General report no. 6 on the lunatic asylums, vaccination and dispensaries in the Bengal Presidency, 1873 -
Year: 1873
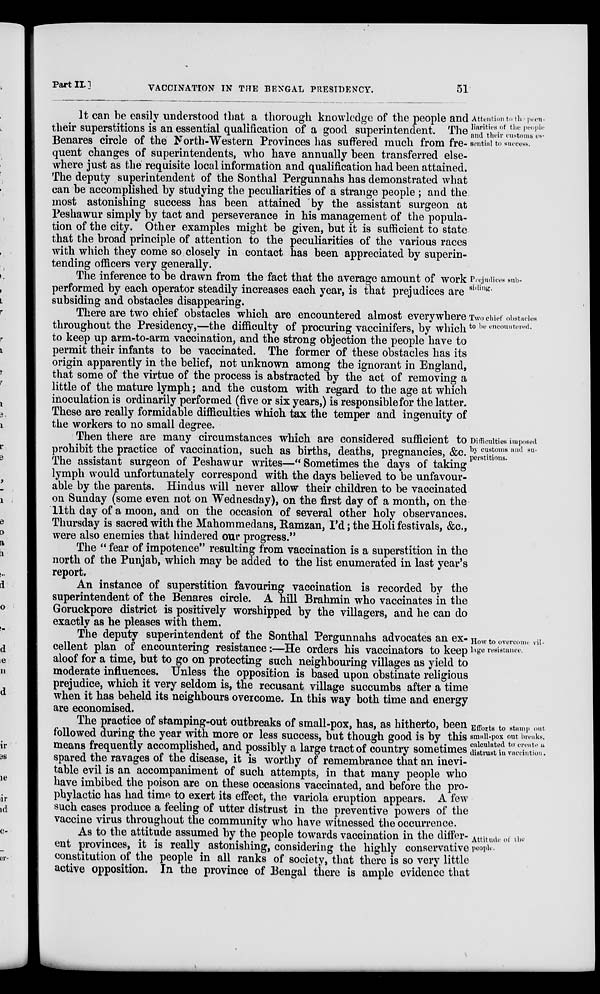
Part II.]
VACCINATION IN THE BENGAL PRESIDENCY.
51
Attention to the pecu-
liarities of the people
and their customs es-
sential to success.
It can be easily understood that a thorough knowledge of the people and
their superstitions is an essential qualification of a good superintendent. The
Benares circle of the North-Western Provinces has suffered much from fre-
quent changes of superintendents, who have annually been transferred else-
where just as the requisite local information and qualification had been attained.
The deputy superintendent of the Sonthal Pergunnahs has demonstrated what
can be accomplished by studying the peculiarities of a strange people ; and the
most astonishing success has been attained by the assistant surgeon at
Peshawur simply by tact and perseverance in his management of the popula-
tion of the city. Other examples might be given, but it is sufficient to state
that the broad principle of attention to the peculiarities of the various races
with which they come so closely in contact has been appreciated by superin-
tending officers very generally.
Prejudices sub-
siding.
The inference to be drawn from the fact that the average amount of work
performed by each operator steadily increases each year, is that prejudices are
subsiding and obstacles disappearing.
Two chief obstacles
to be encountered.
There are two chief obstacles which are encountered almost everywhere
throughout the Presidency,—the difficulty of procuring vaccinifers, by which
to keep up arm-to-arm vaccination, and the strong objection the people have to
permit their infants to be vaccinated. The former of these obstacles has its
origin apparently in the belief, not unknown among the ignorant in England,
that some of the virtue of the process is abstracted by the act of removing a
little of the mature lymph; and the custom with regard to the age at which
inoculation is ordinarily performed (five or six years,) is responsible for the latter.
These are really formidable difficulties which tax the temper and ingenuity of
the workers to no small degree.
Difficulties imposed
by customs and su-
perstitious.
Then there are many circumstances which are considered sufficient to
prohibit the practice of vaccination, such as births, deaths, pregnancies, &c.
The assistant surgeon of Peshawur writes—" Sometimes the days of taking
lymph would unfortunately correspond with the days believed to be unfavour-
able by the parents. Hindus will never allow their children to be vaccinated
on Sunday (some even not on Wednesday), on the first day of a month, on the
11th day of a moon, and on the occasion of several other holy observances.
Thursday is sacred with the Mahommedans, Ramzan, I'd; the Holi festivals, &c.,
were also enemies that hindered our progress."
The " fear of impotence" resulting from vaccination is a superstition in the
north of the Punjab, which may be added to the list enumerated in last year's
report.
An instance of superstition favouring vaccination is recorded by the
superintendent of the Benares circle. A hill Brahmin who vaccinates in the
Goruckpore district is positively worshipped by the villagers, and he can do
exactly as he pleases with them.
How to overcome vil-
lage resistance.
The deputy superintendent of the Sonthal Pergunnahs advocates an ex-
cellent plan of encountering resistance:—He orders his vaccinators to keep
aloof for a time, but to go on protecting such neighbouring villages as yield to
moderate influences. Unless the opposition is based upon obstinate religious
prejudice, which it very seldom is, the recusant village succumbs after a time
when it has beheld its neighbours overcome. In this way both time and energy
are economised.
Efforts to stamp out
small-pox out breaks.
calculated to create a
distrust in vaccination.
The practice of stamping-out outbreaks of small-pox, has, as hitherto, been
followed during the year with more or less success, but though good is by this
means frequently accomplished, and possibly a large tract of country sometimes
spared the ravages of the disease, it is worthy of remembrance that an inevi-
table evil is an accompaniment of such attempts, in that many people who
have imbibed the poison are on these occasions vaccinated, and before the pro-
phylactic has had time to exert its effect, the variola eruption appears. A few
such cases produce a feeling of utter distrust in the preventive powers of the
vaccine virus throughout the community who have witnessed the occurrence.
Attitude
of the
people.
As to the attitude assumed by the people towards vaccination in the differ-
ent provinces, it is really astonishing, considering the highly conservative
constitution of the people in all ranks of society, that there is so very little
active opposition. In the province of Bengal there is ample evidence that